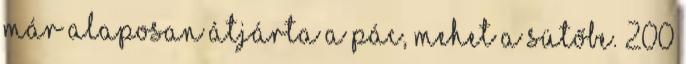
már alaposan átjárta a pác, mehet a sütőbe. 200